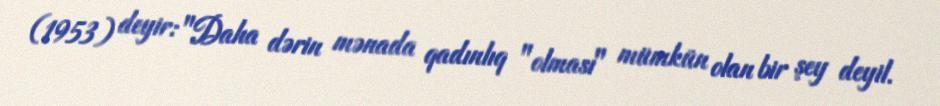
(1953) deyir: "Daha dərin mənada qadınlıq "olması" mümkün olan bir şey deyil.